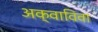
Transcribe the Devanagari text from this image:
अक्वाविवा